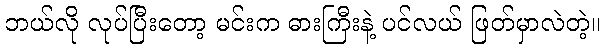
ဘယ်လို လုပ်ပြီးတော့ မင်းက ဓားကြီးနဲ့ ပင်လယ် ဖြတ်မှာလဲတဲ့။